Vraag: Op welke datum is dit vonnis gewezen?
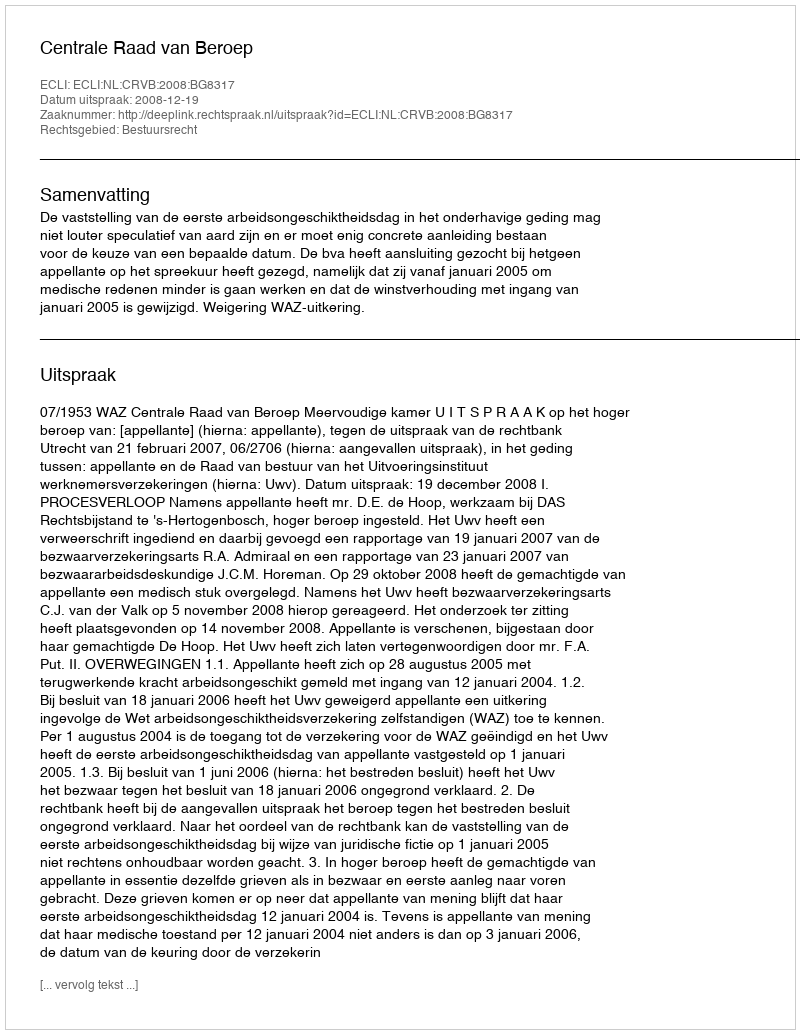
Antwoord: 2008-12-19